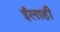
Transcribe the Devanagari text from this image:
ईलाही